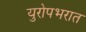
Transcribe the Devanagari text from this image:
युरोपभरात